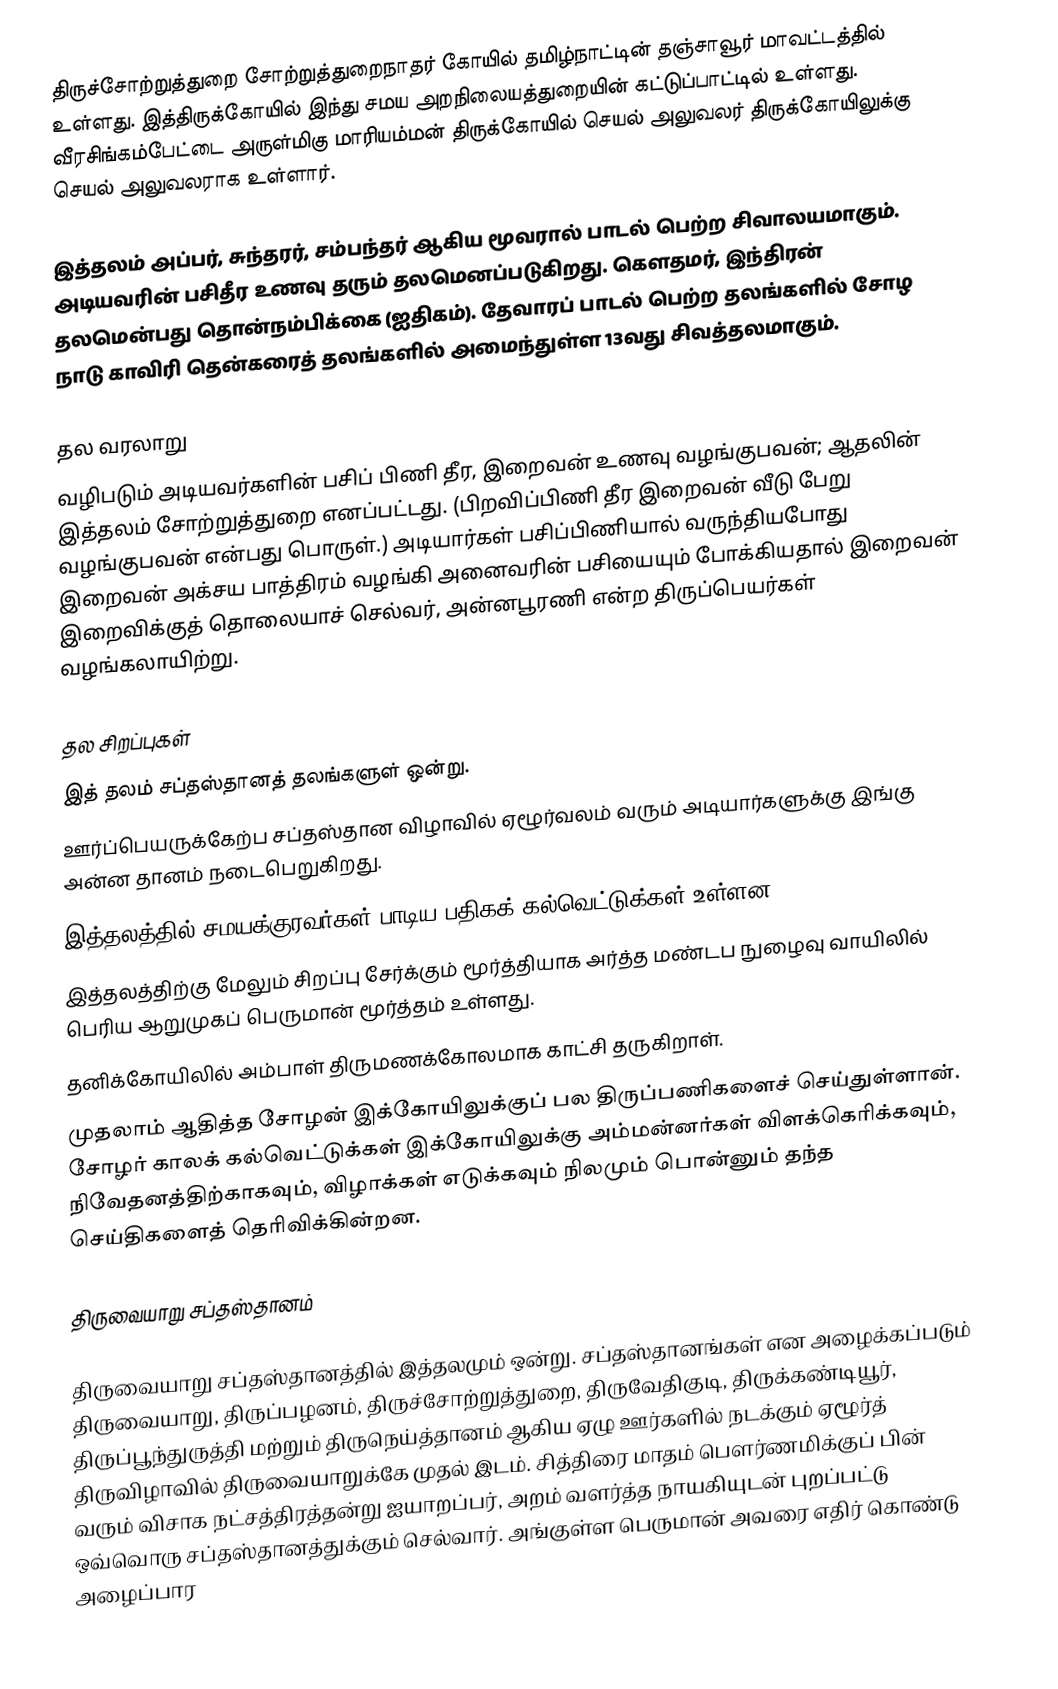
திருச்சோற்றுத்துறை சோற்றுத்துறைநாதர் கோயில் தமிழ்நாட்டின் தஞ்சாவூர் மாவட்டத்தில் உள்ளது. இத்திருக்கோயில் இந்து சமய அறநிலையத்துறையின் கட்டுப்பாட்டில் உள்ளது. வீரசிங்கம்பேட்டை அருள்மிகு மாரியம்மன் திருக்கோயில் செயல் அலுவலர் திருக்கோயிலுக்கு செயல் அலுவலராக உள்ளார்.

இத்தலம் அப்பர், சுந்தரர், சம்பந்தர் ஆகிய மூவரால் பாடல் பெற்ற சிவாலயமாகும். அடியவரின் பசிதீர உணவு தரும் தலமெனப்படுகிறது. கௌதமர், இந்திரன் தலமென்பது தொன்நம்பிக்கை (ஐதிகம்). தேவாரப் பாடல் பெற்ற தலங்களில் சோழ நாடு காவிரி தென்கரைத் தலங்களில் அமைந்துள்ள 13வது சிவத்தலமாகும்.

தல வரலாறு
வழிபடும் அடியவர்களின் பசிப் பிணி தீர, இறைவன் உணவு வழங்குபவன்; ஆதலின் இத்தலம் சோற்றுத்துறை எனப்பட்டது. (பிறவிப்பிணி தீர இறைவன் வீடு பேறு வழங்குபவன் என்பது பொருள்.) அடியார்கள் பசிப்பிணியால் வருந்தியபோது இறைவன் அக்சய பாத்திரம் வழங்கி அனைவரின் பசியையும் போக்கியதால் இறைவன் இறைவிக்குத் தொலையாச் செல்வர், அன்னபூரணி என்ற திருப்பெயர்கள் வழங்கலாயிற்று.

தல சிறப்புகள்
இத் தலம் சப்தஸ்தானத் தலங்களுள் ஒன்று.
ஊர்ப்பெயருக்கேற்ப சப்தஸ்தான விழாவில் ஏழூர்வலம் வரும் அடியார்களுக்கு இங்கு அன்ன தானம் நடைபெறுகிறது.
இத்தலத்தில் சமயக்குரவர்கள் பாடிய பதிகக் கல்வெட்டுக்கள் உள்ளன.
இத்தலத்திற்கு மேலும் சிறப்பு சேர்க்கும் மூர்த்தியாக அர்த்த மண்டப நுழைவு வாயிலில் பெரிய ஆறுமுகப் பெருமான் மூர்த்தம் உள்ளது.
தனிக்கோயிலில் அம்பாள் திருமணக்கோலமாக காட்சி தருகிறாள்.
முதலாம் ஆதித்த சோழன் இக்கோயிலுக்குப் பல திருப்பணிகளைச் செய்துள்ளான். சோழர் காலக் கல்வெட்டுக்கள் இக்கோயிலுக்கு அம்மன்னர்கள் விளக்கெரிக்கவும், நிவேதனத்திற்காகவும், விழாக்கள் எடுக்கவும் நிலமும் பொன்னும் தந்த செய்திகளைத் தெரிவிக்கின்றன.

திருவையாறு சப்தஸ்தானம்

திருவையாறு சப்தஸ்தானத்தில் இத்தலமும் ஒன்று. சப்தஸ்தானங்கள் என அழைக்கப்படும் திருவையாறு, திருப்பழனம், திருச்சோற்றுத்துறை, திருவேதிகுடி, திருக்கண்டியூர், திருப்பூந்துருத்தி மற்றும் திருநெய்த்தானம் ஆகிய ஏழு ஊர்களில் நடக்கும் ஏழூர்த் திருவிழாவில் திருவையாறுக்கே முதல் இடம். சித்திரை மாதம் பெளர்ணமிக்குப் பின் வரும் விசாக நட்சத்திரத்தன்று ஐயாறப்பர், அறம் வளர்த்த நாயகியுடன் புறப்பட்டு ஒவ்வொரு சப்தஸ்தானத்துக்கும் செல்வார். அங்குள்ள பெருமான் அவரை எதிர் கொண்டு அழைப்பார